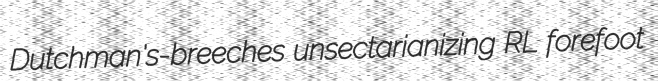
Dutchman's-breeches unsectarianizing RL forefoot